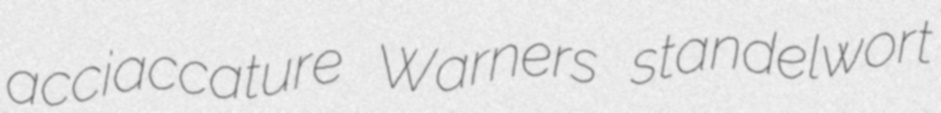
acciaccature Warners standelwort